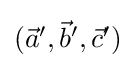
{\textstyle ({\vec {a}}',{\vec {b}}',{\vec {c}}')}